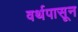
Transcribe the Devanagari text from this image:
वर्थपासून